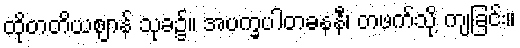
ထိုတတိယဈာန် သုခ၌။ အပက္ခပါတခနနီ၊ တဖက်သို့ ကျခြင်း။